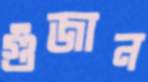
গুঁজান